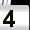
Digit: 4